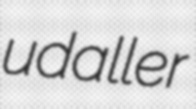
udaller